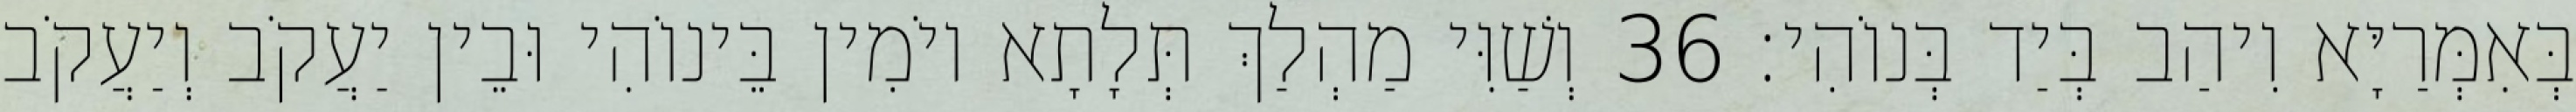
בְּאִמְּרַיָּא וִיהַב בְּיַד בְּנוֹהִי׃ 36 וְשַׁוִּי מַהְלַךְ תְּלָתָא יוֹמִין בֵּינוֹהִי וּבֵין יַעֲקֹב וְיַעֲקֹב